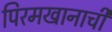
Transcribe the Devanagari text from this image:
पिरमखानाची